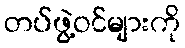
တပ်ဖွဲ့ဝင်များကို